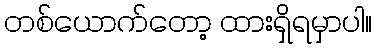
တစ်ယောက်တော့ ထားရှိရမှာပါ။